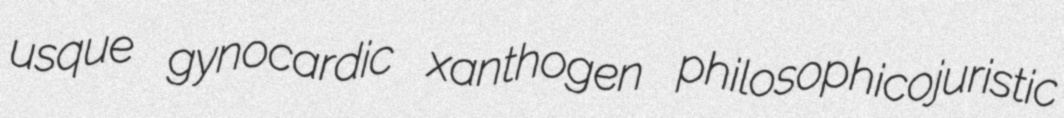
usque gynocardic xanthogen philosophicojuristic